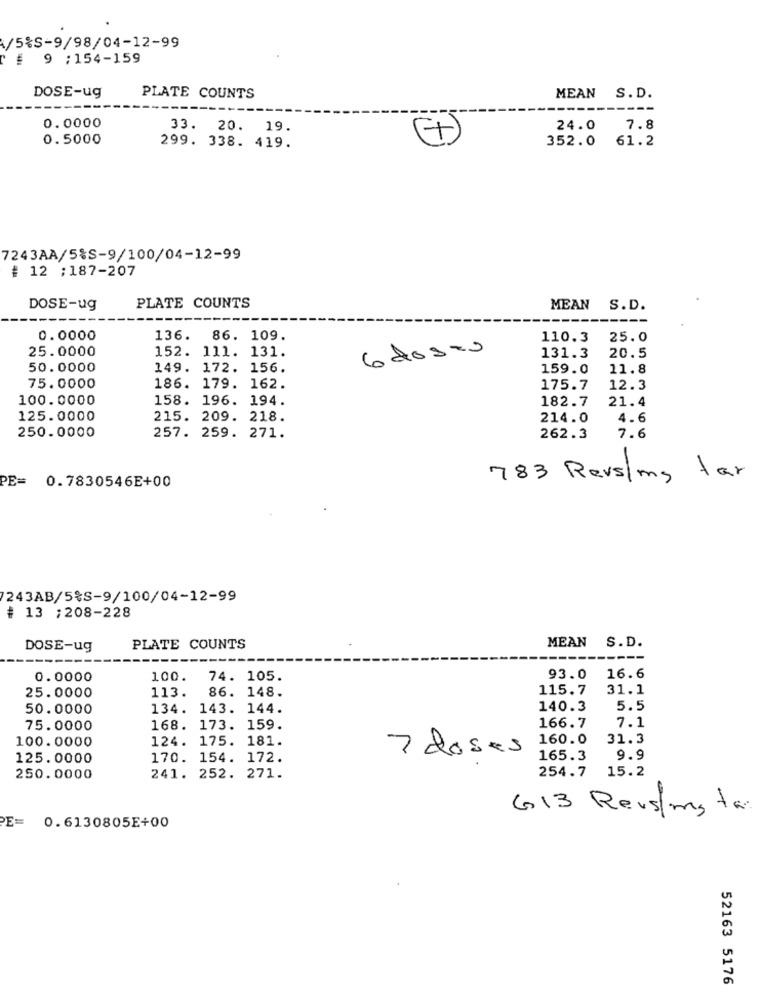
/5%S-9/98/04-12-99
9 :154-159
144:
DOSE-ug
PLATE COUNTS
MEAN S.D.
0.0000
33. 20. 19.
24.0 7.8
0.5000
299. 338. 419.
352.0 61.2
7243AA/5%S-9/100/04-12-99
# 12 ;187-207
DOSE-ug
PLATE COUNTS
MEAN S.D.
0.0000
136. 86. 109.
110.3
25.0
25.0000
152. 111. 131.
6doses
131.3
20.5
50.0000
149. 172. 156.
159.0
11.8
75.0000
186. 179. 162.
175.7
12.3
100.0000
158. 196. 194.
182.7
21.4
125.0000
215. 209.
218.
214.0
4.6
250.0000
257. 259. 271.
262.3
7.6
PE= 0.7830546E+00
783 Rers/img tar
243AB/5%S-9/100/04-12-99
# 13 ;208-228
DOSE-ug
PLATE COUNTS
MEAN S.D.
0.0000
100.
74. 105.
93.0
16.6
113.
86. 148.
115.7
31.1
25.0000
50.0000
134.
143. 144.
140.3
5.5
7.1
75.0000
168. 173. 159.
166.7
100.0000
124. 175. 181.
160.0
31.3
7 doses
125.0000
170. 154. 172.
165.3
9.9
254.7
15.2
250.0000
241. 252. 271.
613 Revs/myte
E= 0.6130805E+00
52163 5176